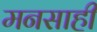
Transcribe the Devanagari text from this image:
मनसाही